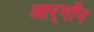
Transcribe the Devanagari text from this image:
आर्‌गॉन